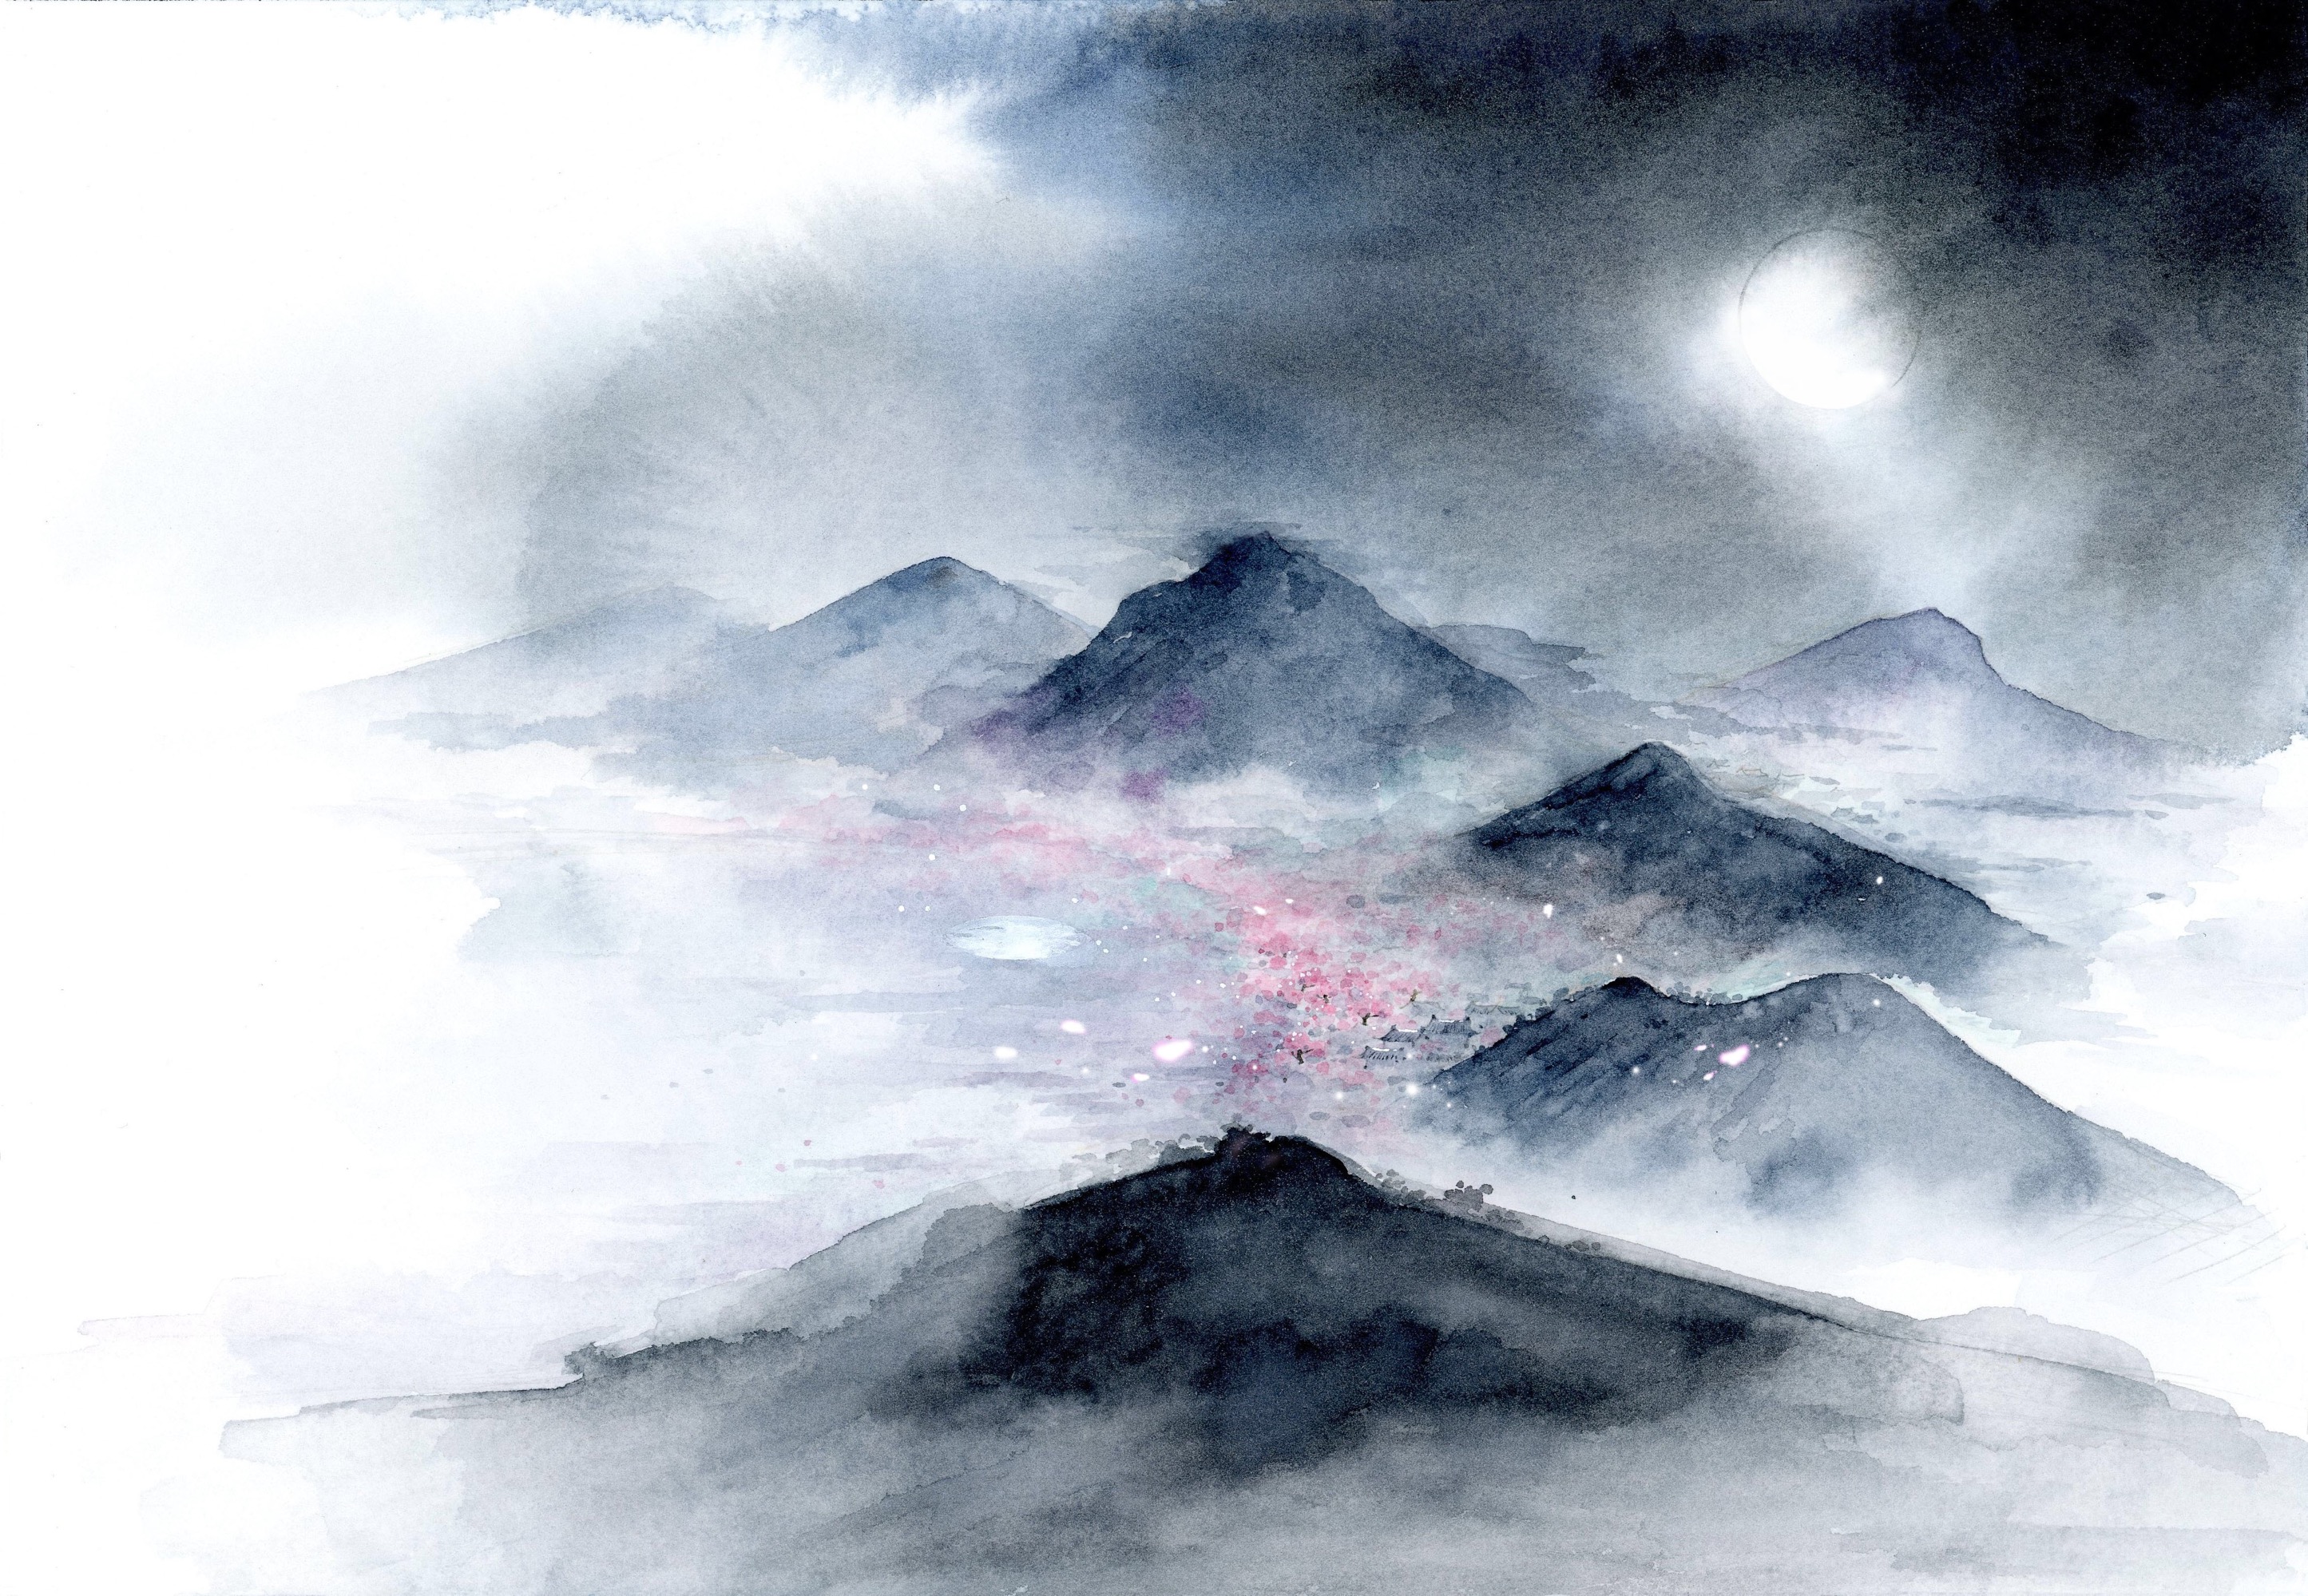
挟飞仙以遨游，抱明月而长终。